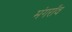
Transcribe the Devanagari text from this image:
मंगराँव